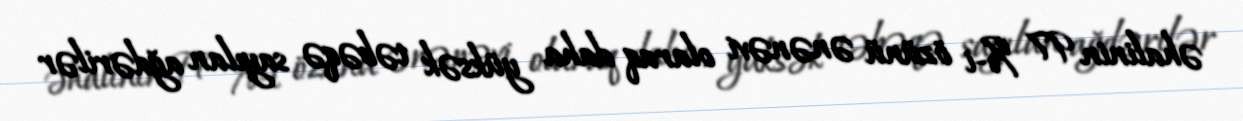
əhalinin 97 %-i özünü ənənəvi olaraq daha yüksək təbəqə sayılan ağdərilər